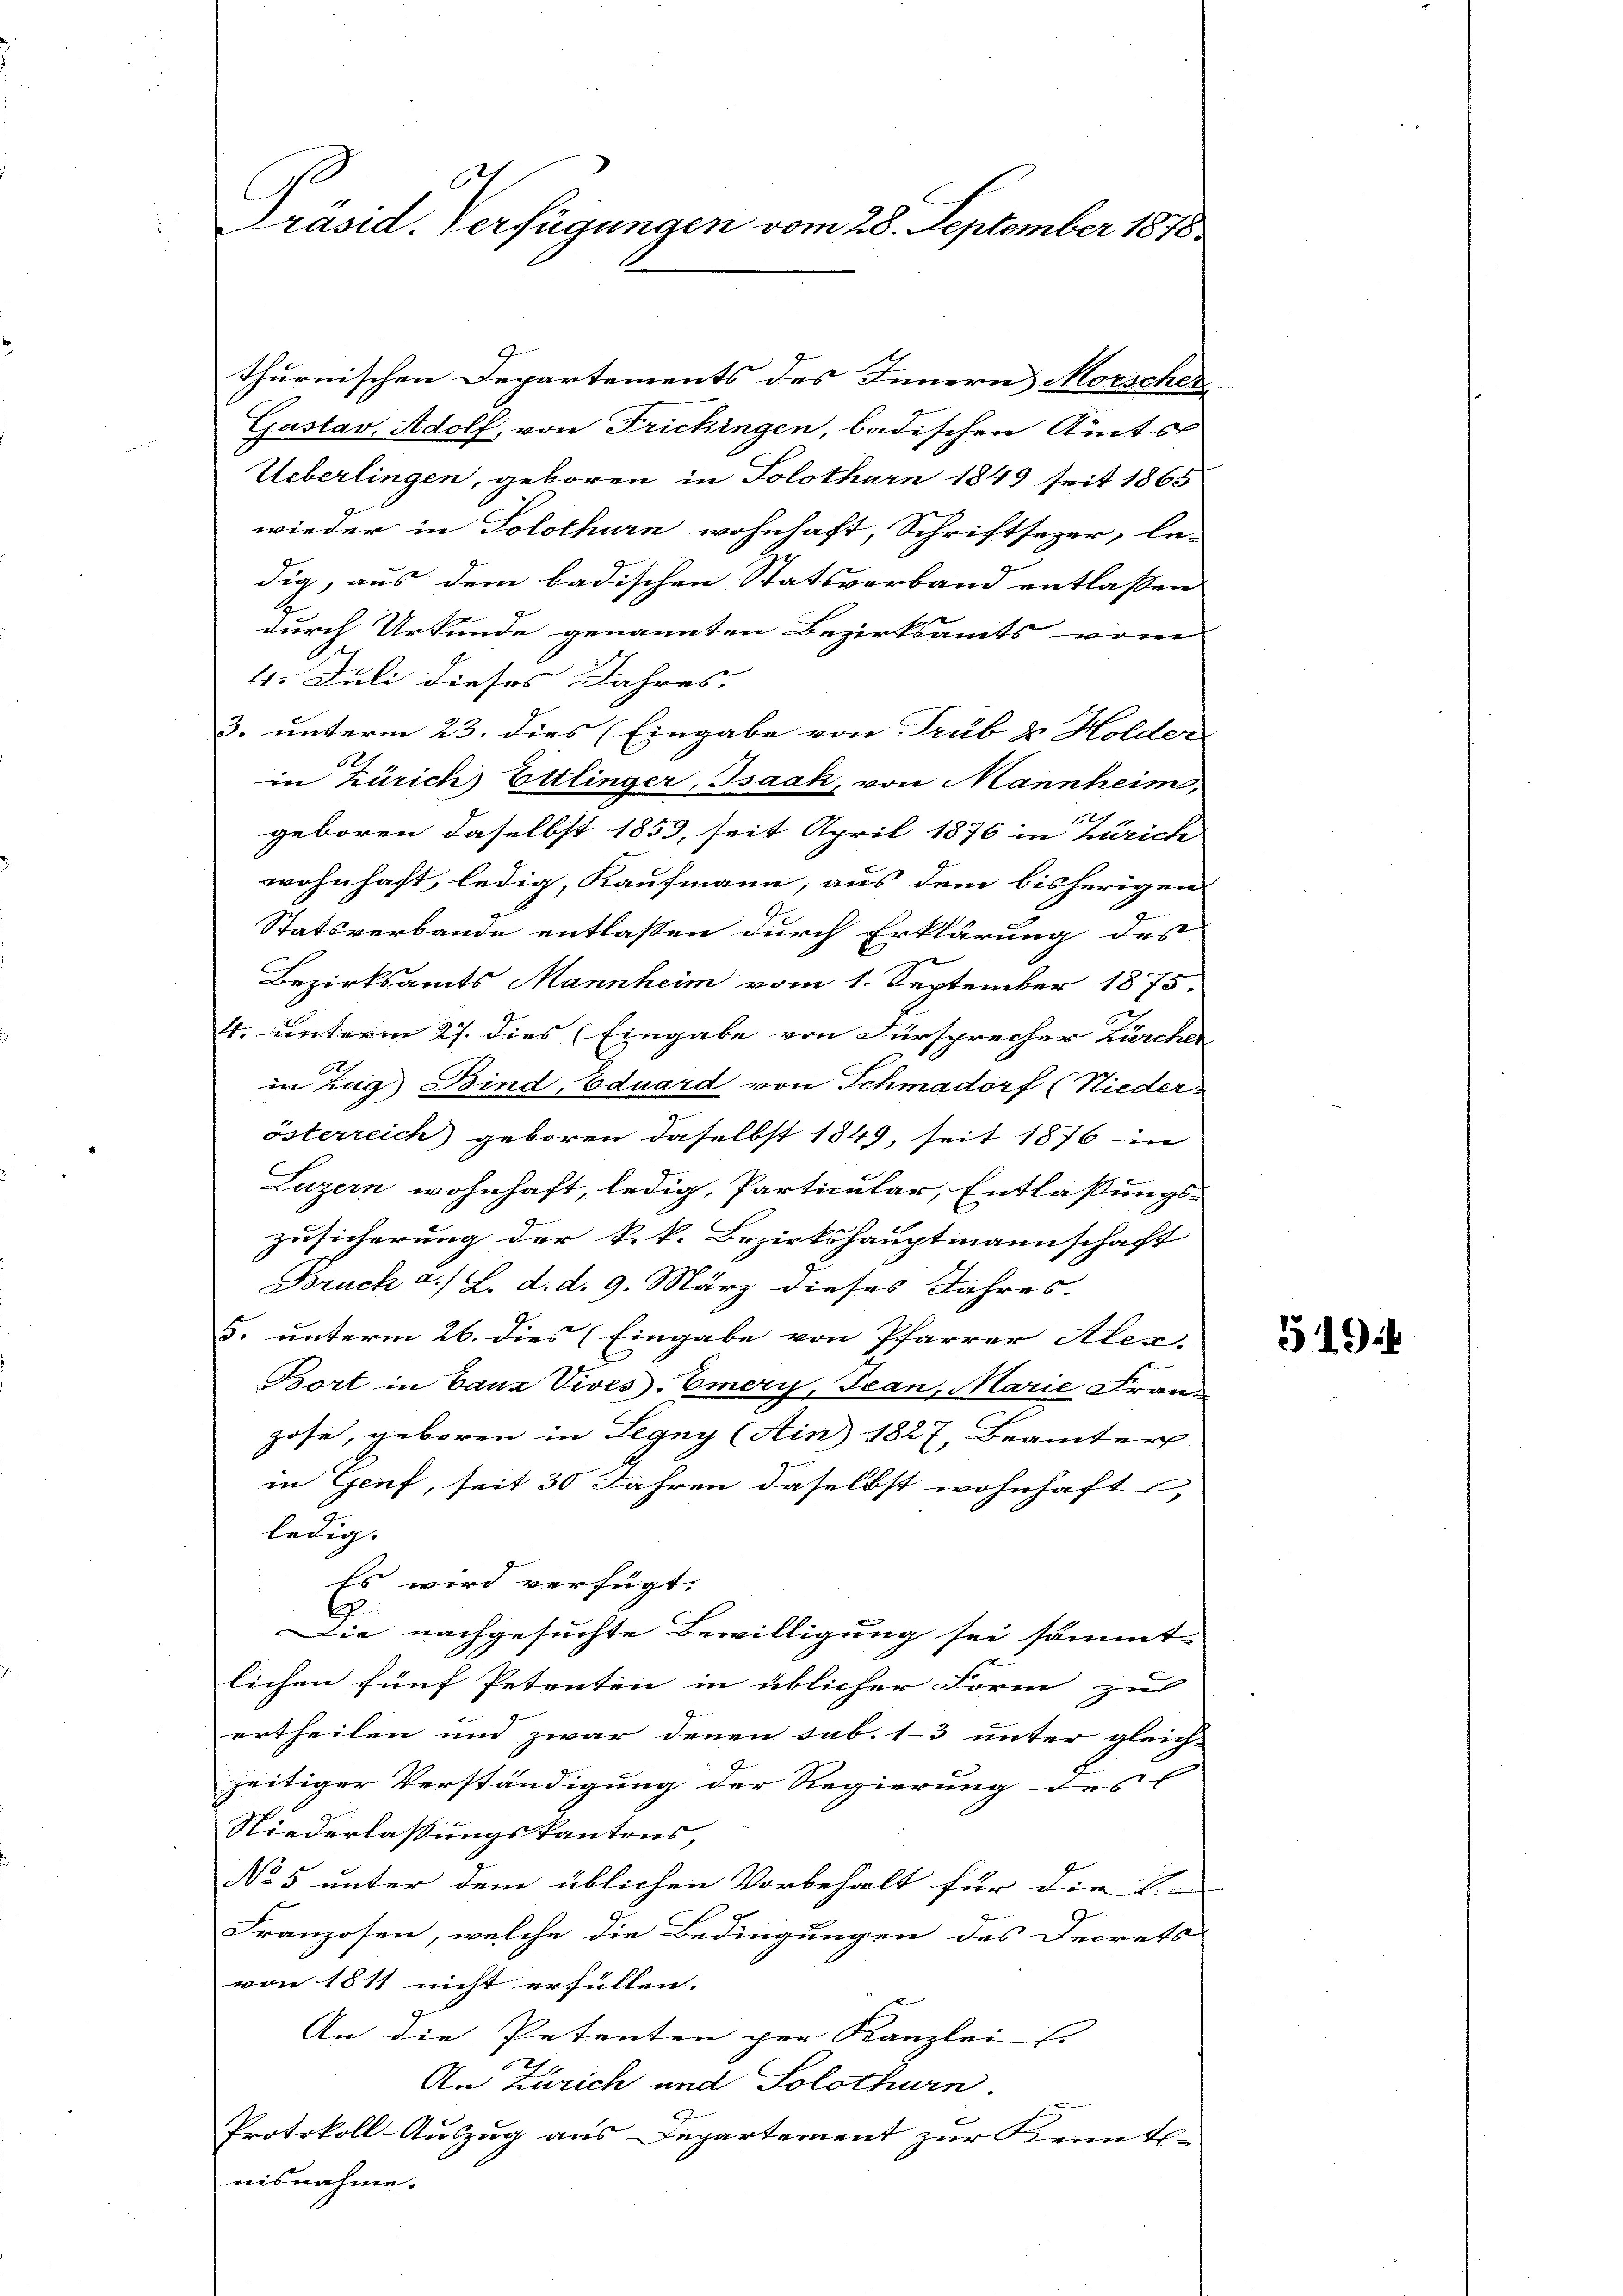
Präsid. Verfügungen vom 28. September 1878.

thurnischen Departements des Innern Morscher
Gustav Adolf, von Frickingen, badischen Amtss
Ueberlingen, geboren in Solothurn 1849 seit 1865
wieder in Solothurn wohnhaft, Schriftsezer, le-
dig, aus dem badischen Statsverband entlassen
Z
durch Urkunde genannten Bezirksamts vom
4. Juli dieses Jahres.
3. unterm 23. dies (Eingabe von Trub & Holder
in Zürich Ettlinger, Isaak, von Mannheim,
geboren, daselbst 1853, seit April 1876 in Zürich
wohnhaft, ledig, Kaufmann, aus dem bisherigen
Statsverbande entlassen durch Erklärung des
g
Bezirksamts Mannheim vom 1. September 1875.
4. unterm 27. dies (Eingabe von Fürsprecher Zürcher
in Zug Bind, Eduard von Schmadorf (Niederösterreich geboren daselbst 1849, seit 1876 in
Luzern wohnhaft, ledig, Particular, Entlassungs-
Zusicherung der k.k. Bezirkshauptmannschaft
Bruch a./ L. d. d. 9. März dieses Jahres.
. unterm 26. dies (Eingabe von Pfarrer Alex
Bort in Ganz Vives-Emery, Jean, Marie Franz
zose, geboren in Legny (Ain) 1827, Beamter
in Genf, seit 30 Jahren daselbst wohnhaft
ledig.
Es wird verfügt:
6
Die nachgesuchte Bewilligung sei sämmt-
lichen fünf Petenten in üblicher Form zu
ertheilen und zwar denen sub. 13 unter gleich-
zeitiger Verständigung der Regierung des
Niederlassungskantons,
No 5 unter dem üblichen Vorbehalt für die E
Franzosen, welche die Bedingungen des Decrets
von 1811 nicht erfüllen. |
An die Petenten per Kanzlei (
An Zürich und Solothurn
Protokoll-Auszug aus Departement zur Kennt-
nisnahme.

5194